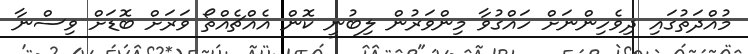
މުއްދަތުގައި ދިވެހިންނަށް ހައްގުވާ މިންވަރުން ލިބުނީ ކޮން އެއްޗެއްތޯ ވަރަށް ބޮޑަށް ވިސްނާ